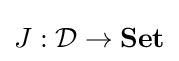
J:{\mathcal {D}}\to {\textbf {Set}}